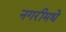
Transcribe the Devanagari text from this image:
नगरीमधे